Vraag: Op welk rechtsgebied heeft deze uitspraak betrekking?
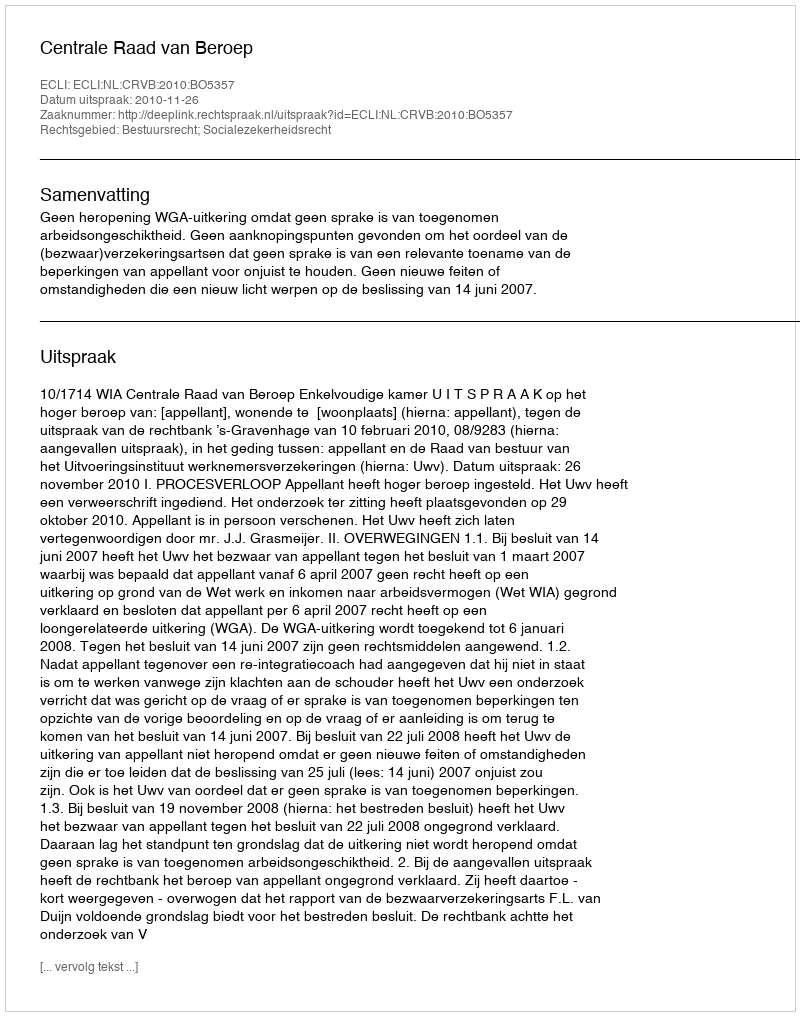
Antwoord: Bestuursrecht; Socialezekerheidsrecht